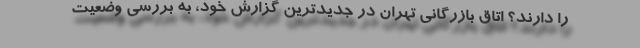
را دارند؟ اتاق بازرگانی تهران در جدیدترین گزارش خود، به بررسی وضعیت